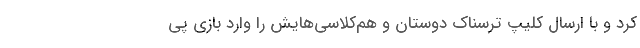
کرد و با ارسال کلیپ ترسناک دوستان و هم‌کلاسی‌هایش را وارد بازی پی